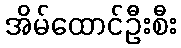
အိမ်ထောင်ဦးစီး